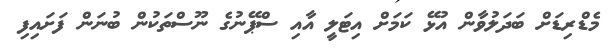
މެޑްރިޑަށް ބަދަލުވާން އުޅޭ ކަމަށް އިޓަލީ އާއި ސްޕޭނުގެ ނޫސްތަކުން ބުނަން ފަށައިފި